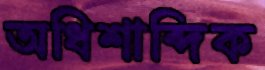
অধিশাব্দিক